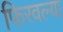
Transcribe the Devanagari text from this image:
फिरवल्या